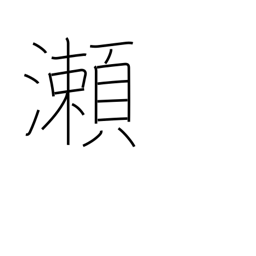
Meaning: shallows